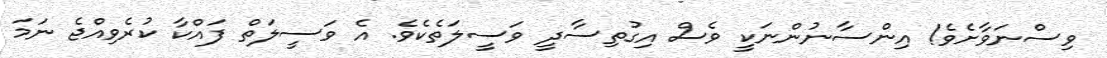
ވިސްނަވާށެވެ! އިންސާނުންނަކީ ވެސް އިގުތިސާދީ ވަސީލަތެކެވެ. އެ ވަސީލަތް ފައްކާ ކުރެވިއްޖެ ނަމަ